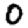
Digit: 0